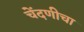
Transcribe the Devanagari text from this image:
चेंदणीचा